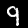
Digit: 9